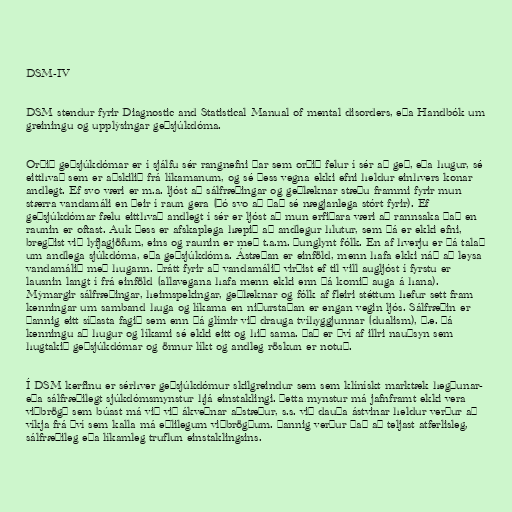
DSM-IV

DSM stendur fyrir Diagnostic and Statistical Manual of mental disorders, eða Handbók um
greiningu og upplýsingar geðsjúkdóma.

Orðið geðsjúkdómar er í sjálfu sér rangnefni þar sem orðið felur í sér að geð, eða hugur, sé
eitthvað sem er aðskilið frá líkamanum, og sé þess vegna ekki efni heldur einhvers konar
andlegt. Ef svo væri er m.a. ljóst að sálfræðingar og geðlæknar stæðu frammi fyrir mun
stærra vandamáli en þeir í raun gera (þó svo að það sé nægjanlega stórt fyrir). Ef
geðsjúkdómar fælu eitthvað andlegt í sér er ljóst að mun erfiðara væri að rannsaka það en
raunin er oftast. Auk þess er afskaplega hæpið að andlegur hlutur, sem þá er ekki efni,
bregðist við lyfjagjöfum, eins og raunin er með t.a.m. þunglynt fólk. En af hverju er þá talað
um andlega sjúkdóma, eða geðsjúkdóma. Ástæðan er einföld, menn hafa ekki náð að leysa
vandamálið með hugann. Þrátt fyrir að vandamálið virðist ef til vill augljóst í fyrstu er
lausnin langt í frá einföld (allavegana hafa menn ekki enn þá komið auga á hana).
Mýmargir sálfræðingar, heimspekingar, geðlæknar og fólk af fleiri stéttum hefur sett fram
kenningar um samband huga og líkama en niðurstaðan er engan vegin ljós. Sálfræðin er
þannig eitt síðasta fagið sem enn þá glímir við drauga tvíhyggjunnar (dualism), þ.e. þá
kenningu að hugur og líkami sé ekki eitt og hið sama. Það er því af illri nauðsyn sem
hugtakið geðsjúkdómar og önnur líkt og andleg röskun er notuð.

Í DSM kerfinu er sérhver geðsjúkdómur skilgreindur sem sem klínískt marktæk hegðunar-
eða sálfræðilegt sjúkdómsmynstur hjá einstaklingi. Þetta mynstur má jafnframt ekki vera
viðbrögð sem búast má við við ákveðnar aðstæður, s.s. við dauða ástvinar heldur verður að
víkja frá því sem kalla má eðlilegum viðbrögðum. Þannig verður það að teljast atferlisleg,
sálfræðileg eða líkamleg truflun einstaklingsins.